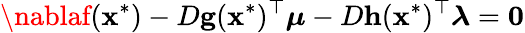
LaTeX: \nablaf(\mathbf{x}^{*})-D\mathbf{{g}}(\mathbf{x}^{*})^{\top}{\boldsymbol{\mu}}-D\mathbf{{h}}(\mathbf{x}^{*})^{\top}{\boldsymbol{\lambda}}=\mathbf{{0}}